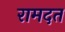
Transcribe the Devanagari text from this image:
रामदत